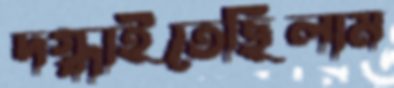
দগ্ধাইতেছিলাম